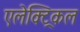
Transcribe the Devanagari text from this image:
एलेक्ट्रिकल